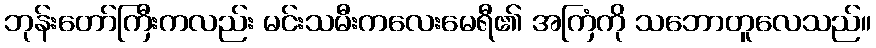
ဘုန်းတော်ကြီးကလည်း မင်းသမီးကလေးမေရီ၏ အကြံကို သဘောတူလေသည်။